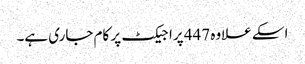
اسکے علاوہ 447 پراجیکٹ پر کام جاری ہے۔